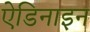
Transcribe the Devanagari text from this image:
ऐडिनाइन